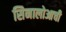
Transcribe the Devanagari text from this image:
सिनालोआची